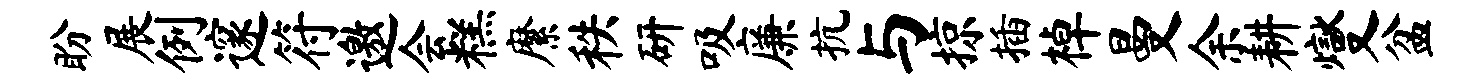
盼展例邃符邀会糕縻秩研吸廉抗与掠插棹曼余耕燮盆